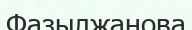
Фазылжанова